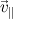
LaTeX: { \vec { v } } _ { \parallel }